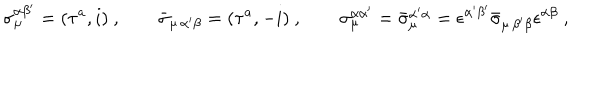
\sigma _ { \mu } ^ { \alpha \beta ^ { \prime } } = ( \tau ^ { a } , i ) \ , \qquad \bar { \sigma } _ { \mu \, \alpha ^ { \prime } \beta } = ( \tau ^ { a } , - i ) \ , \qquad \sigma _ { \mu } ^ { \alpha \alpha ^ { \prime } } = \bar { \sigma } _ { \mu } ^ { \alpha ^ { \prime } \alpha } = \epsilon ^ { \alpha ^ { \prime } \beta ^ { \prime } } \bar { \sigma } _ { \mu \, \beta ^ { \prime } \beta } \epsilon ^ { \alpha \beta } \ ,